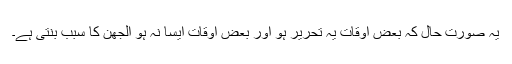
یہ صورت حال کہ بعض اوقات یہ تحریر ہو اور بعض اوقات ایسا نہ ہو اُلجھن کا سبب بنتی ہے۔